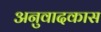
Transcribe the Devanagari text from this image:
अनुवादकास